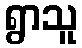
ရွာသူ